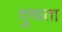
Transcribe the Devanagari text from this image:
दुग्धता